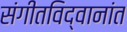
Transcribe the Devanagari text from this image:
संगीतविद्वानांत